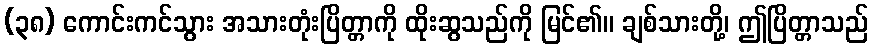
(၃၈) ကောင်းကင်သွား အသားတုံးပြိတ္တာကို ထိုးဆွသည်ကို မြင်၏။ ချစ်သားတို့၊ ဤပြိတ္တာသည်